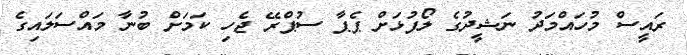
ރައީސް މުހައްމަދު ނަޝީދުގެ ލޯފުޅަށް ޕެޕާ ސުޕްރޭ ޖެހި ކަމަށް ބުނާ މައްސަލައިގެ